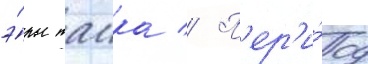
э́ры таика // П'ер'и́од